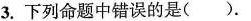
3.下列命题中错误的是( )。